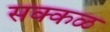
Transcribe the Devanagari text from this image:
सक्‍कळ